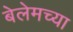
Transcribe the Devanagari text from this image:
बेलेमच्या